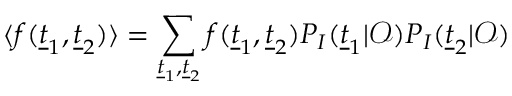
\langle f ( \underline { { t } } _ { 1 } , \underline { { t } } _ { 2 } ) \rangle = \sum _ { \underline { { t } } _ { 1 } , \underline { { t } } _ { 2 } } f ( \underline { { t } } _ { 1 } , \underline { { t } } _ { 2 } ) P _ { I } ( \underline { { t } } _ { 1 } | \mathcal { O } ) P _ { I } ( \underline { { t } } _ { 2 } | \mathcal { O } )